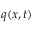
q ( x , t )